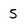
Character: 5